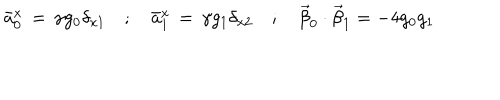
\bar { a } _ { 0 } ^ { x } \, = \, \gamma g _ { 0 } \delta _ { x 1 } \quad ; \quad \bar { a } _ { 1 } ^ { x } \, = \, \gamma g _ { 1 } \delta _ { x 2 } \quad ; \quad \vec { \beta } _ { 0 } \cdot \vec { \beta } _ { 1 } = - 4 g _ { 0 } g _ { 1 }